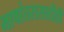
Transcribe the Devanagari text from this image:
भाषांतरासाठीही